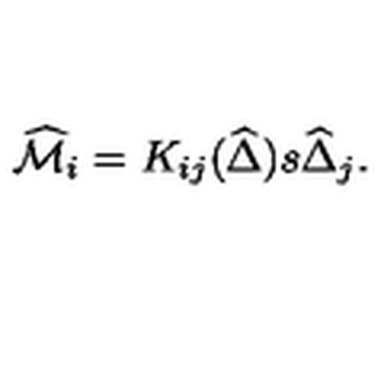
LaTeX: \widehat { \cal M } _ { i } = K _ { i j } ( \widehat { \Delta } ) s \widehat { \Delta } _ { j } .